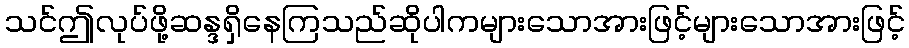
သင်ဤလုပ်ဖို့ဆန္ဒရှိနေကြသည်ဆိုပါကများသောအားဖြင့်များသောအားဖြင့်